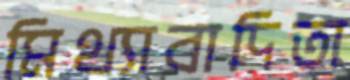
মিথ্যাবাদিতা